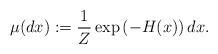
LaTeX: \begin{align*}\mu(dx): = \frac{1}{Z} \exp\left( - H(x)\right) dx.\end{align*}